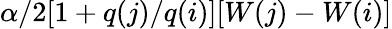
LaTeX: \alpha/2[1+q(j)/q(i)][W(j)-W(i)]